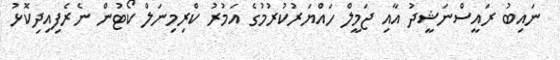
ނައިބު ރައީސްނަޝީދު އާއި ޖަމީލް ހައްޔަރުކުރުމުގެ އަމުރު ކްރިމިނަލް ކޯޓުން ނެރެފިއިދިކޮޅު